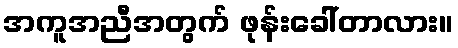
အကူအညီအတွက် ဖုန်းခေါ်တာလား။